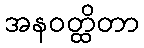
အနဝတ္ထိတာ